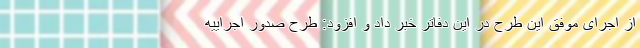
از اجرای موفق این طرح در این دفاتر خبر داد و افزود: طرح صدور اجراییه